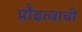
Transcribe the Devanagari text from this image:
प्रौढत्वाची